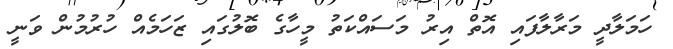
ހަމަލާދީ މަރާލާފައި އޮތް އިރު މަސައްކަތު މީހާގެ ބޮލުގައި ޒަހަމެއް ހުރުމުން ވަނީ